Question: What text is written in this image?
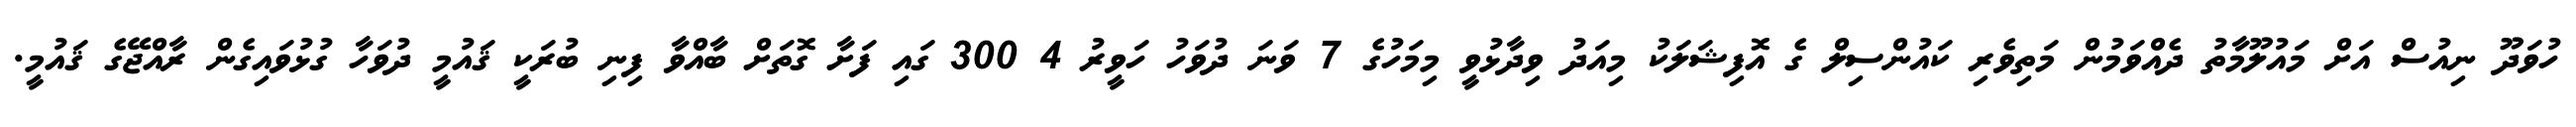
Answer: ހުވަދޫ ނިއުސް އަށް މައުލޫމާތު ދެއްވަމުން މަތިވެރި ކައުންސިލް ގެ އޮފިޝަލަކު މިއަދު ވިދާޅުވީ މިމަހުގެ 7 ވަނަ ދުވަހު ހަވީރު 4 300 ގައި ފަށާ ގޮތަށް ބާއްވާ ފިނި ބުރަކީ ޤައުމީ ދުވަހާ ގުޅުވައިގެން ރާއްޖޭގެ ޤައުމީ.